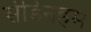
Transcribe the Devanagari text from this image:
सीडेनहम